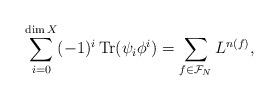
LaTeX: \begin{align*}\sum_{i=0}^{\dim X} (-1)^i \, \mathrm{Tr} (\psi_i \phi^i ) = \sum_{f\in \mathcal{F}_N} L^{n(f)},\end{align*}